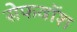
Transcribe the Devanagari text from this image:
सेफवॉश